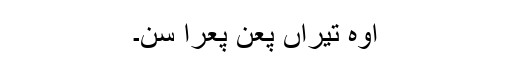
اوہ تیراں پعن پعرا سن۔